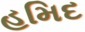
હમિદ